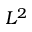
L ^ { 2 }